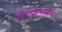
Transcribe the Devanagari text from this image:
जिल्ह्यायातील